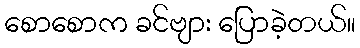
စောစောက ခင်ဗျား ပြောခဲ့တယ်။